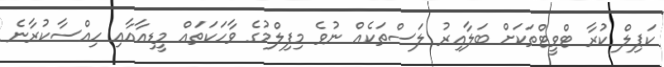
ކަޕިލް ކުރާ ޓްވީޓްތަކަށް ބަލާއިރު ލަސްތަކެއް ނުވެ މިފިލްމުގެ ވާހަކަތައް މީޑިއާއާއި ހިއްސާކުރާނެ